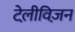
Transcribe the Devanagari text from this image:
टेलीवि़ज़न